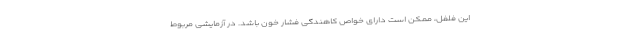
این فلفل، ممکن است دارای خواص کاهندگی فشار خون باشد. در آزمایشی مربوط